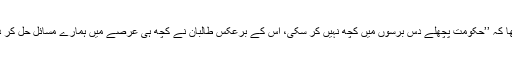
ضلع ’’چرخ‘‘ میں واقع اسکول کے سابق استاد ’’جمال‘‘ کا کہنا تھا کہ ’’حکومت پچھلے دس برسوں میں کچھ نہیں کر سکی، اس کے برعکس طالبان نے کچھ ہی عرصے میں ہمارے مسائل حل کر دیے‘‘ (حفاظتی نقطہ نظر کی وجہ سے نام تبدیل کر دیا گیا ہے)۔